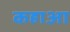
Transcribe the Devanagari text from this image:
कहाआ